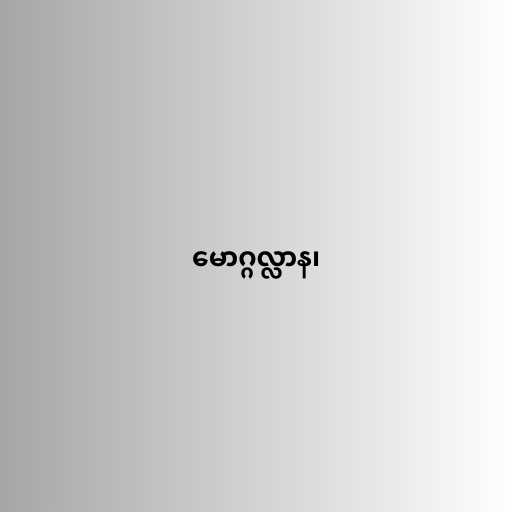
မောဂ္ဂလ္လာန၊